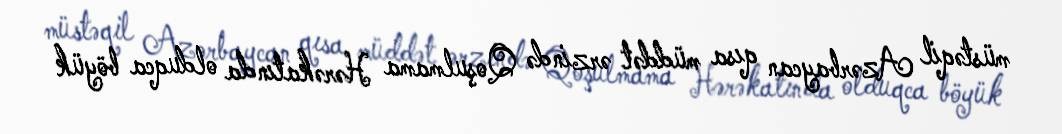
müstəqil Azərbaycan qısa müddət ərzində Qoşulmama Hərəkatında olduqca böyük